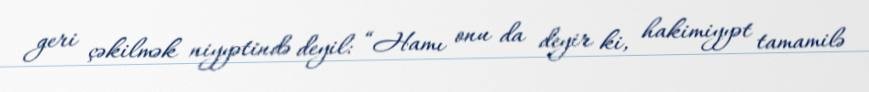
geri çəkilmək niyyətində deyil: “Hamı onu da deyir ki, hakimiyyət tamamilə